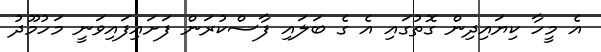
އެ މީހާ ކިޔައިދިން ގޮތުގައި އެ ގެ ބަލައި ފާސްކުރަން ފަށައިފައިވަނީ މަހުމޫދު